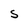
Character: S